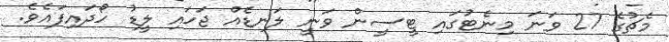
މެޗުގެ 27 ވަނަ މިނެޓުގައި ޓީސީން ވަނީ ލަނޑެއް ޖަހައި ލީޑު ހޯދައިފައެވެ.